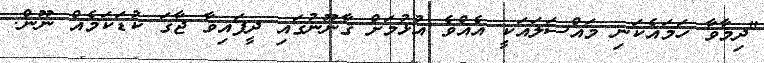
"ދިމާވާ ހަމައެކަނި މައްސަލައަކީ އެއްވެ އުޅުމަށް ޤާނޫނުގައި ދީފައިވާ ޖާގަ ކުޑަކަމެއް ނޫން.